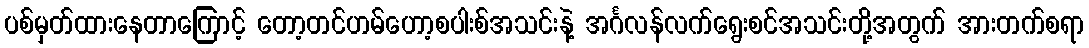
ပစ်မှတ်ထားနေတာကြောင့် တော့တင်ဟမ်ဟော့စပါးစ်အသင်းနဲ့ အင်္ဂလန်လက်ရွေးစင်အသင်းတို့အတွက် အားတက်စရာ